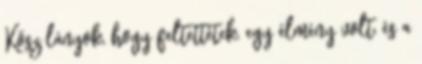
Kösz lányok, hogy feltettétek, egy élmény volt, és a